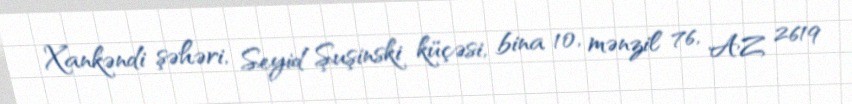
Xankəndi şəhəri, Seyid Şuşinski küçəsi, bina 10, mənzil 76, AZ 2619